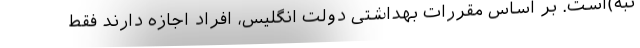
نبه‌)‌است. بر اساس مقررات بهداشتی دولت انگلیس، افراد اجازه دارند فقط